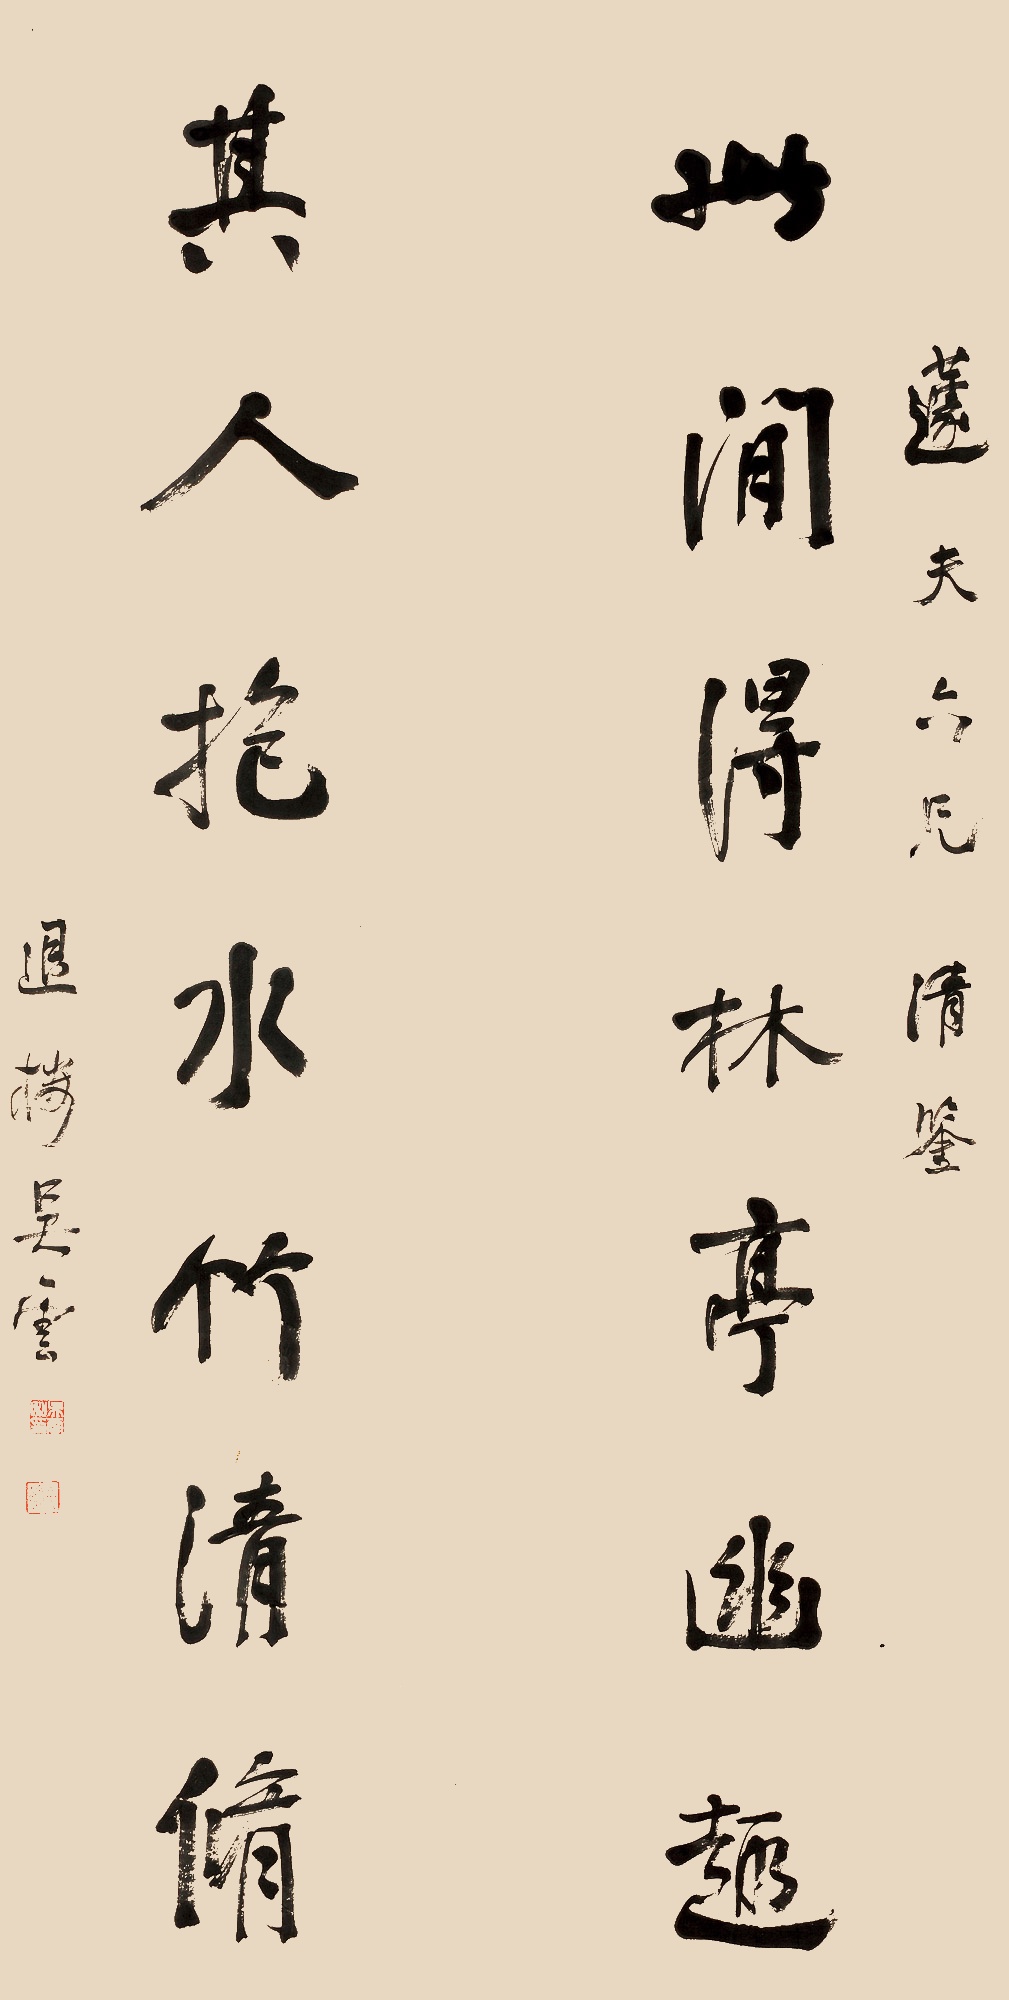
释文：此间得林亭幽趣，其人抱水竹清修。蘧夫六兄清鉴，退楼吴云。